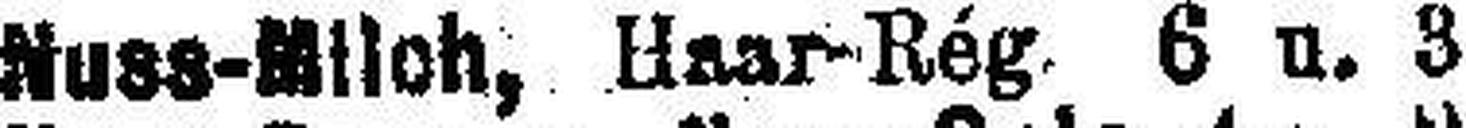
Nuss-Milch, Haar-Rég. 6 u. 3